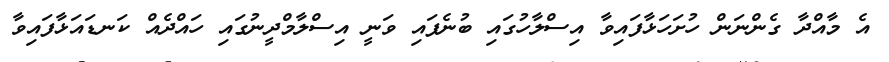
އެ މާއްދާ ގެންނަން ހުށަހަޅާފައިވާ އިސްލާހުގައި ބުނެފައި ވަނީ އިސްލާމްދީނުގައި ހައްދެއް ކަނޑައަޅާފައިވާ